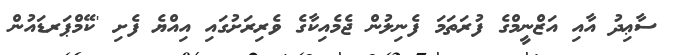
ސާޢިދު އާއި އަޒްނީމްގެ ފުރަތަމަ ފެނިލުން ޖެމެއިކާގެ ވެރިރަށުގައި އިއްޔެ ފެށި 'ކޭމްޕަރޑައުން